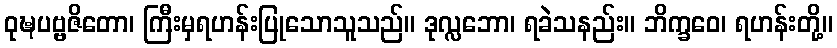
ဝုဍ္ဎပဗ္ဗဇိတော၊ ကြီးမှရဟန်းပြုသောသူသည်။ ဒုလ္လဘော၊ ရခဲသနည်း။ ဘိက္ခဝေ၊ ရဟန်းတို့။